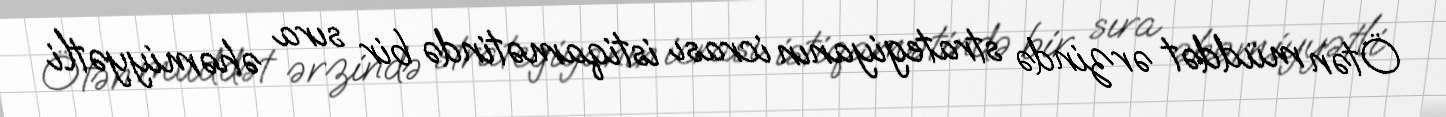
Ötən müddət ərzində strategiyanın icrası istiqamətində bir sıra əhəmiyyətli